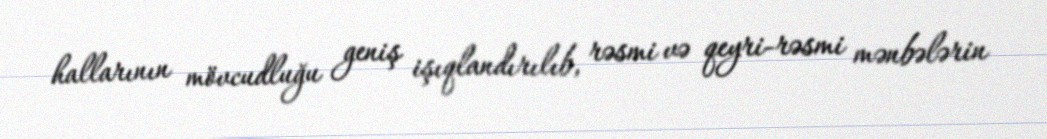
hallarının mövcudluğu geniş işıqlandırılıb, rəsmi və qeyri-rəsmi mənbələrin